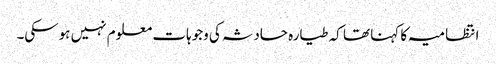
انتظامیہ کا کہنا تھا کہ طیارہ حادثہ کی وجوہات معلوم نہیں ہوسکی۔